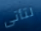
لتأتى